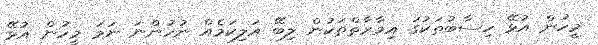
މީހުން އުޅޭ ހިސާބުތަކުގަ އިމާރާތްތަކުން ލިބޭ އަލިކަމެއް ނުހުންނަ ނަމަ މީހުން އުޅޭ